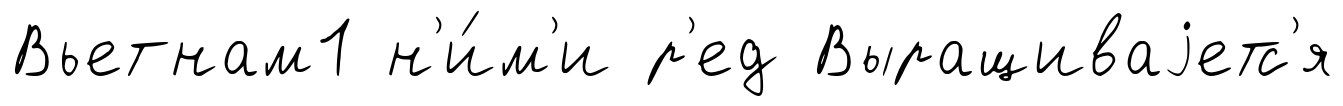
Вьетнам1 н'и́м'и р'ед Выращиваjетс'я